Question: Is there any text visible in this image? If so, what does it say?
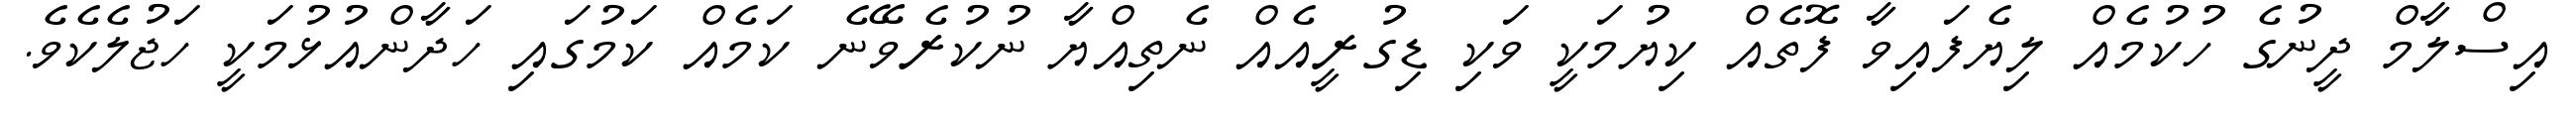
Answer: އިސްލާމް ދީނުގެ ހުކުމެއް ލިޔެފައިވާ ފޮތެއް ކިޔުމަކީ ވަކި ޑިގުރީއެއް ނެތިއްޔާ ނުކުރެވޭނެ ކަމެއް ކަމުގައި ހަދާންއުޅުމަކީ ހަޖުލެކެވެ.